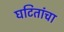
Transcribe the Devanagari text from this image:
घटितांचा